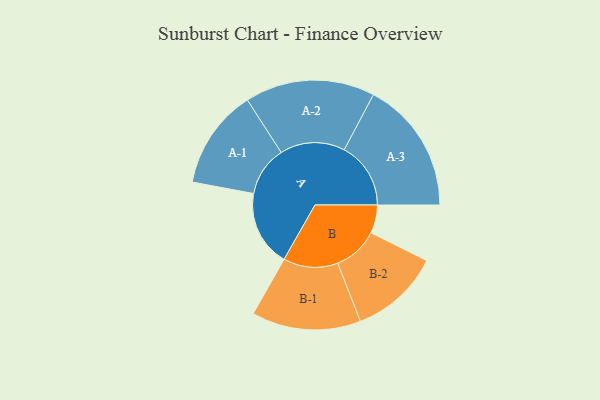
{"axis": {"x": "Segment", "y": "Value"}, "legend": ["", "A", "B"], "data": [{"x": "A", "y": 338, "type": ""}, {"x": "B", "y": 126, "type": ""}, {"x": "A-1", "y": 222, "type": "A"}, {"x": "A-2", "y": 289, "type": "A"}, {"x": "A-3", "y": 296, "type": "A"}, {"x": "B-1", "y": 243, "type": "B"}, {"x": "B-2", "y": 201, "type": "B"}]}